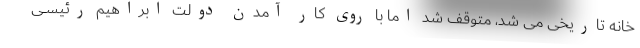
خانه تاریخی می شد، متوقف شد اما با روی کار آمدن دولت ابراهیم رئیســی